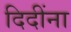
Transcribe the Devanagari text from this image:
दिदींना